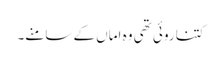
کتنا روئی تھی وہ اماں کے سامنے۔